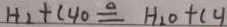
H _ { 2 } + C _ { 4 } O \Delta q H _ { 2 } O + C _ { 4 }